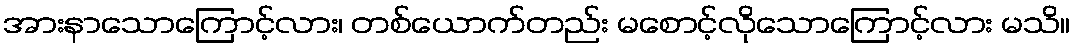
အားနာသောကြောင့်လား၊ တစ်ယောက်တည်း မစောင့်လိုသောကြောင့်လား မသိ။